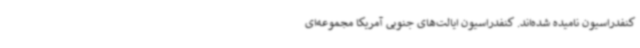
کنفدراسیون نامیده شده‌اند. کنفدراسیون ایالت‌های جنوبی آمریکا مجموعه‌ای